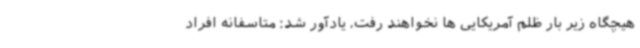
هیچگاه زیر بار ظلم آمریکایی ها نخواهند رفت، یادآور شد: متاسفانه افراد